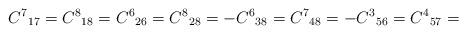
LaTeX: \begin{align*}{C^7}_{17}={C^8}_{18}={C^6}_{26}={C^8}_{28}=-{C^6}_{38}={C^7}_{48}=-{C^3}_{56}={C^4}_{57}=\end{align*}